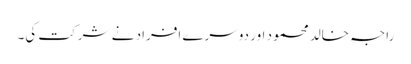
راجہ خالد محمود اور دوسرے افراد نے شرکت کی۔